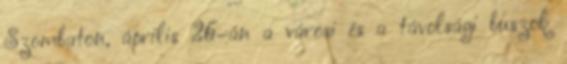
Szombaton, április 26–án a városi és a távolsági buszok